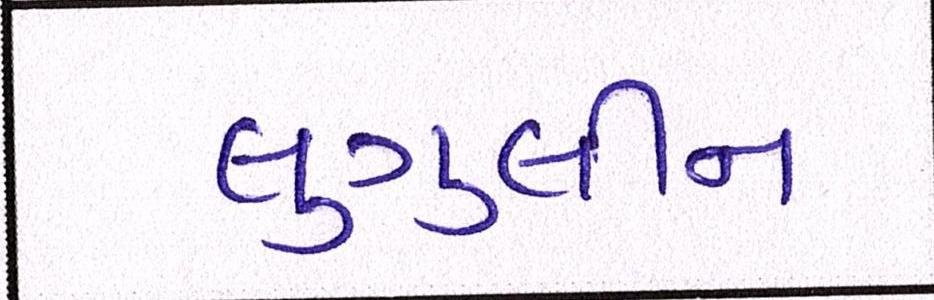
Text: લુગુલીન